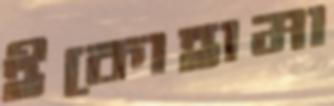
ইকোহামা